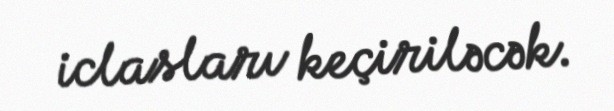
iclasları keçiriləcək.